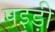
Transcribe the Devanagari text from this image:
पइड़ी